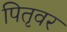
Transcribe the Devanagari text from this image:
पितृवर